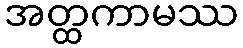
အတ္ထကာမဿ